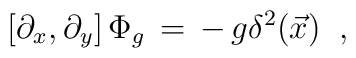
\left[ \partial_x,\partial_y \right]\Phi_g\,=\,-\,g\delta^2(\vec{x})\;\;,